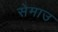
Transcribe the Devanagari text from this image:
सेमाउ